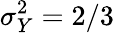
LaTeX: \sigma_{Y}^{2}=2/3